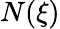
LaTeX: N(\xi)